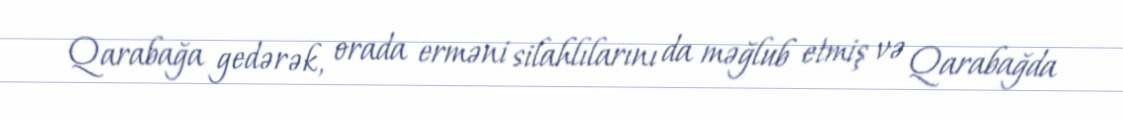
Qarabağa gedərək, orada erməni silahlılarını da məğlub etmiş və Qarabağda